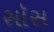
સૉસ